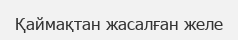
Қаймақтан жасалған желе